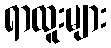
ရာထူးများ